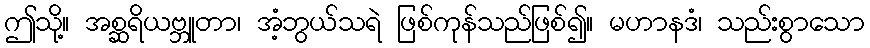
ဤသို့။ အစ္ဆရိယဗ္ဘူတာ၊ အံ့ဘွယ်သရဲ ဖြစ်ကုန်သည်ဖြစ်၍။ မဟာနဒံ၊ သည်းစွာသော